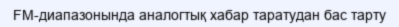
FM-диапазонында аналогтық хабар таратудан бас тарту